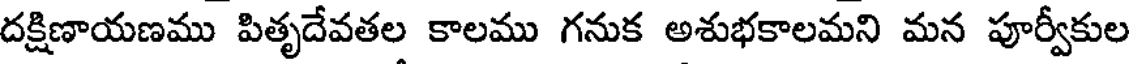
దక్షిణాయణము పితృదేవతల కాలము గనుక అశుభకాలమని మన పూర్వీకుల